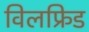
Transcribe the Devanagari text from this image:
विलफ्रिड